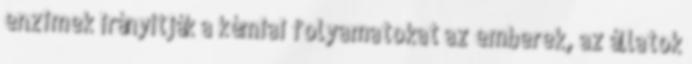
enzimek irányítják a kémiai folyamatokat az emberek, az állatok